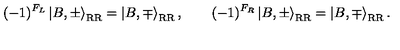
( - 1 ) ^ { F _ { L } } \left| B , \pm \right\rangle _ { \mathrm { R R } } = \left| B , \mp \right\rangle _ { \mathrm { R R } } , \qquad ( - 1 ) ^ { F _ { R } } \left| B , \pm \right\rangle _ { \mathrm { R R } } = \left| B , \mp \right\rangle _ { \mathrm { R R } } .